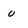
Character: v